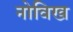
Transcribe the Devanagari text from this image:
नोविख